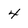
Character: 4